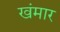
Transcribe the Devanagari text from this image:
खंमार